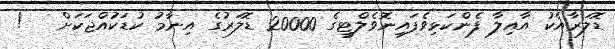
ޑޮލަރާއެކު އާއިލާ ފެންކަޅިވެފައިނޮވެލްޓީގެ 20000 ޑޮލަރުގެ އިނާމު ކުޑަކުައްޖަކަށް   !